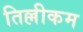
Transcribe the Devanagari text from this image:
तिल्लीकम